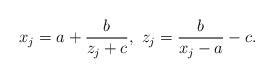
LaTeX: \begin{align*}x_j=a+\frac{b}{z_j+c},~z_j=\frac{b}{x_j-a}-c.\end{align*}